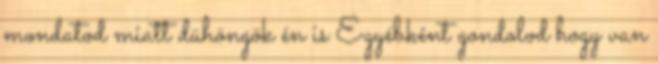
mondatod miatt dühöngök én is Egyébként gondolod hogy van